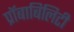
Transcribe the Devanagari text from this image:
प्रॉबाबिलिटी